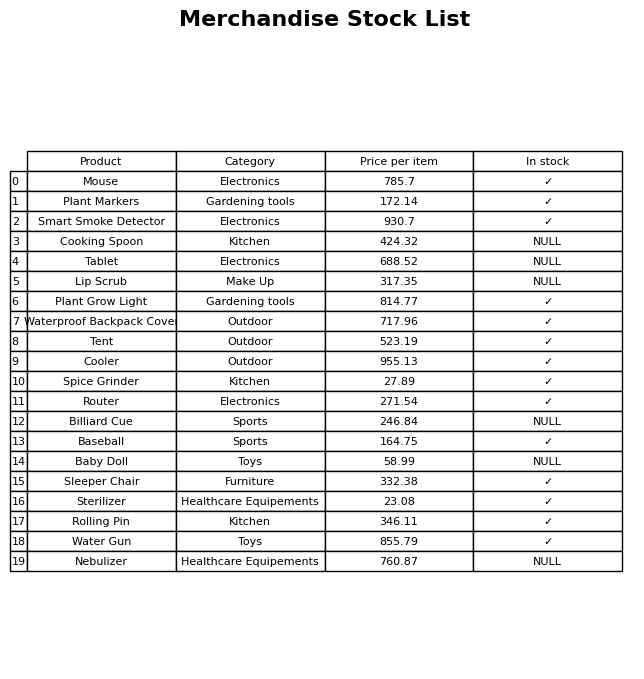
question: What is the stock status of the Cooking Spoon?
answer: NULL